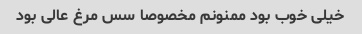
خیلی خوب بود ممنونم مخصوصا سس مرغ عالی بود